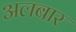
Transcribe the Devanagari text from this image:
अलबार